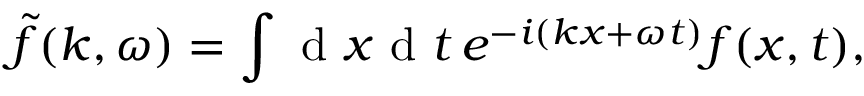
\tilde { f } ( k , \omega ) = \int \mathrm { ~ d ~ } x \mathrm { ~ d ~ } t \, e ^ { - i ( k x + \omega t ) } f ( x , t ) ,